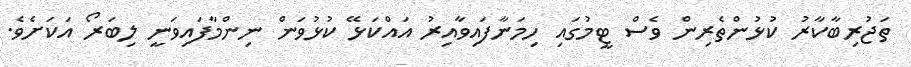
ތަޖުރިބާކާރު ކުޅުންތެރިން ވެސް ޓީމުގައި ހިމަނާފައިވާއިރު އައްކަޅޭ ކުޅުވަން ނިންމާފައިވަނީ ލިބަރޯ އަކަށެވެ.